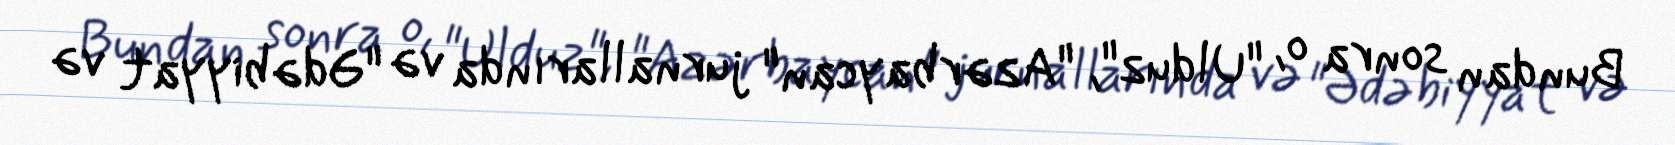
Bundan sonra o, "Ulduz", "Azərbaycan" jurnallarında və "Ədəbiyyat və